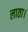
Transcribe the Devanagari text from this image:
लाता।